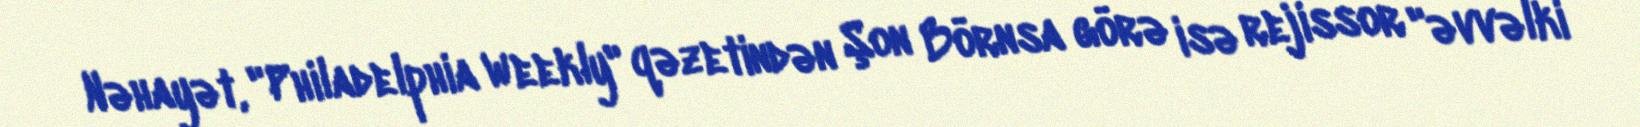
Nəhayət, "Philadelphia Weekly" qəzetindən Şon Börnsa görə isə rejissor "əvvəlki